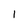
Character: I